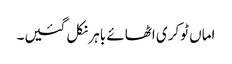
اماں ٹوکری اٹھائے باہر نکل گئیں۔